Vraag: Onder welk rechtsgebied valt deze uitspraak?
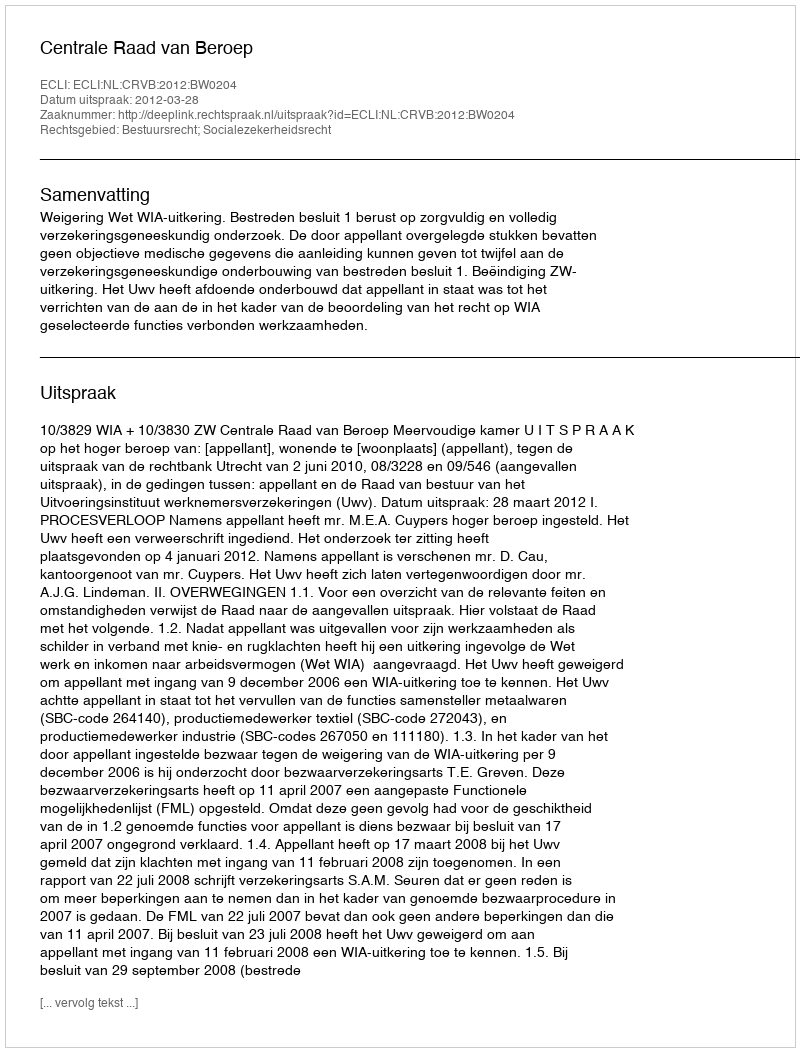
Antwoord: Bestuursrecht; Socialezekerheidsrecht